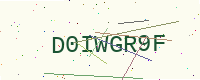
Text: D0IWGR9F